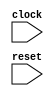
module ReadWrite(
  input   clock,
  input   reset
);
`ifdef RANDOMIZE_MEM_INIT
  reg [31:0] _RAND_0;
`endif // RANDOMIZE_MEM_INIT
`ifdef RANDOMIZE_REG_INIT
  reg [31:0] _RAND_1;
  reg [31:0] _RAND_2;
  reg [31:0] _RAND_3;
`endif // RANDOMIZE_REG_INIT
  reg [31:0] m [0:31];
  wire  m_rw_r_en;
  wire [4:0] m_rw_r_addr;
  wire [31:0] m_rw_r_data;
  wire [31:0] m_rw_w_data;
  wire [4:0] m_rw_w_addr;
  wire  m_rw_w_mask;
  wire  m_rw_w_en;
  reg [31:0] n;
  reg  wmode;
  reg [4:0] addr;
  wire [32:0] _GEN_0 = ~wmode ? n + 32'h1 : {{1'd0}, n}; // @[]
  wire [5:0] _GEN_1 = ~wmode ? addr + 5'h1 : {{1'd0}, addr}; // @[]
  assign m_rw_r_en = ~wmode;
  assign m_rw_r_addr = addr;
  assign m_rw_r_data = m[m_rw_r_addr];
  assign m_rw_w_data = n;
  assign m_rw_w_addr = addr;
  assign m_rw_w_mask = 1'h1;
  assign m_rw_w_en = wmode;
  always @(posedge clock) begin
    if (m_rw_w_en & m_rw_w_mask) begin
      m[m_rw_w_addr] <= m_rw_w_data;
    end
    if (reset) begin
      n <= 32'h0;
    end else begin
      n <= _GEN_0[31:0];
    end
    wmode <= reset | ~wmode;
    if (reset) begin
      addr <= 5'h0;
    end else begin
      addr <= _GEN_1[4:0];
    end
    `ifndef SYNTHESIS
    `ifdef PRINTF_COND
      if (`PRINTF_COND) begin
    `endif
        if (~reset & ~wmode & m_rw_r_data != n) begin
          $fwrite(32'h80000002,"Assertion failed! m.rw.rdata has the wrong value!\n");
        end
    `ifdef PRINTF_COND
      end
    `endif
    `endif // SYNTHESIS
    `ifndef SYNTHESIS
    `ifdef STOP_COND
      if (`STOP_COND) begin
    `endif
        if (~reset & ~wmode & m_rw_r_data != n) begin
          $fatal;
        end
    `ifdef STOP_COND
      end
    `endif
    `endif // SYNTHESIS
  end
// Register and memory initialization
`ifdef RANDOMIZE_GARBAGE_ASSIGN
`define RANDOMIZE
`endif
`ifdef RANDOMIZE_INVALID_ASSIGN
`define RANDOMIZE
`endif
`ifdef RANDOMIZE_REG_INIT
`define RANDOMIZE
`endif
`ifdef RANDOMIZE_MEM_INIT
`define RANDOMIZE
`endif
`ifndef RANDOM
`define RANDOM $random
`endif
`ifdef RANDOMIZE_MEM_INIT
  integer initvar;
`endif
`ifndef SYNTHESIS
`ifdef FIRRTL_BEFORE_INITIAL
`FIRRTL_BEFORE_INITIAL
`endif
initial begin
  `ifdef RANDOMIZE
    `ifdef INIT_RANDOM
      `INIT_RANDOM
    `endif
    `ifndef VERILATOR
      `ifdef RANDOMIZE_DELAY
        #`RANDOMIZE_DELAY begin end
      `else
        #0.002 begin end
      `endif
    `endif
`ifdef RANDOMIZE_MEM_INIT
  _RAND_0 = {1{`RANDOM}};
  for (initvar = 0; initvar < 32; initvar = initvar+1)
    m[initvar] = _RAND_0[31:0];
`endif // RANDOMIZE_MEM_INIT
`ifdef RANDOMIZE_REG_INIT
  _RAND_1 = {1{`RANDOM}};
  n = _RAND_1[31:0];
  _RAND_2 = {1{`RANDOM}};
  wmode = _RAND_2[0:0];
  _RAND_3 = {1{`RANDOM}};
  addr = _RAND_3[4:0];
`endif // RANDOMIZE_REG_INIT
  `endif // RANDOMIZE
end // initial
`ifdef FIRRTL_AFTER_INITIAL
`FIRRTL_AFTER_INITIAL
`endif
`endif // SYNTHESIS
endmodule
module MemTester(
  input   clock,
  input   reset
);
`ifdef RANDOMIZE_REG_INIT
  reg [31:0] _RAND_0;
`endif // RANDOMIZE_REG_INIT
  wire  rwMod_clock;
  wire  rwMod_reset;
  reg [31:0] count;
  ReadWrite rwMod (
    .clock(rwMod_clock),
    .reset(rwMod_reset)
  );
  assign rwMod_clock = clock;
  assign rwMod_reset = reset;
  always @(posedge clock) begin
    if (reset) begin
      count <= 32'h64;
    end else begin
      count <= count - 32'h1;
    end
    `ifndef SYNTHESIS
    `ifdef STOP_COND
      if (`STOP_COND) begin
    `endif
        if (count == 32'h0) begin
          $finish;
        end
    `ifdef STOP_COND
      end
    `endif
    `endif // SYNTHESIS
  end
// Register and memory initialization
`ifdef RANDOMIZE_GARBAGE_ASSIGN
`define RANDOMIZE
`endif
`ifdef RANDOMIZE_INVALID_ASSIGN
`define RANDOMIZE
`endif
`ifdef RANDOMIZE_REG_INIT
`define RANDOMIZE
`endif
`ifdef RANDOMIZE_MEM_INIT
`define RANDOMIZE
`endif
`ifndef RANDOM
`define RANDOM $random
`endif
`ifdef RANDOMIZE_MEM_INIT
  integer initvar;
`endif
`ifndef SYNTHESIS
`ifdef FIRRTL_BEFORE_INITIAL
`FIRRTL_BEFORE_INITIAL
`endif
initial begin
  `ifdef RANDOMIZE
    `ifdef INIT_RANDOM
      `INIT_RANDOM
    `endif
    `ifndef VERILATOR
      `ifdef RANDOMIZE_DELAY
        #`RANDOMIZE_DELAY begin end
      `else
        #0.002 begin end
      `endif
    `endif
`ifdef RANDOMIZE_REG_INIT
  _RAND_0 = {1{`RANDOM}};
  count = _RAND_0[31:0];
`endif // RANDOMIZE_REG_INIT
  `endif // RANDOMIZE
end // initial
`ifdef FIRRTL_AFTER_INITIAL
`FIRRTL_AFTER_INITIAL
`endif
`endif // SYNTHESIS
endmodule